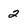
Character: 2